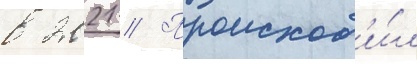
в 2021 // Происход'и́л